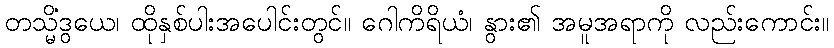
တသ္မိံဒွယေ၊ ထိုနှစ်ပါးအပေါင်းတွင်။ ဂေါကိရိယံ၊ နွား၏ အမူအရာကို လည်းကောင်း။